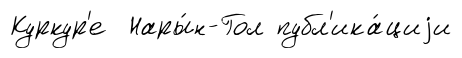
Куркур'е Нары́н-Гол публ'ика́циjи